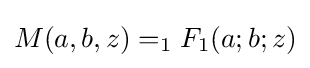
M(a,b,z)=_{1}F_{1}(a;b;z)